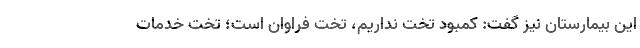
این بیمارستان نیز گفت: کمبود تخت نداریم، تخت فراوان است؛ تخت خدمات